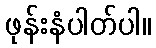
ဖုန်းနံပါတ်ပါ။